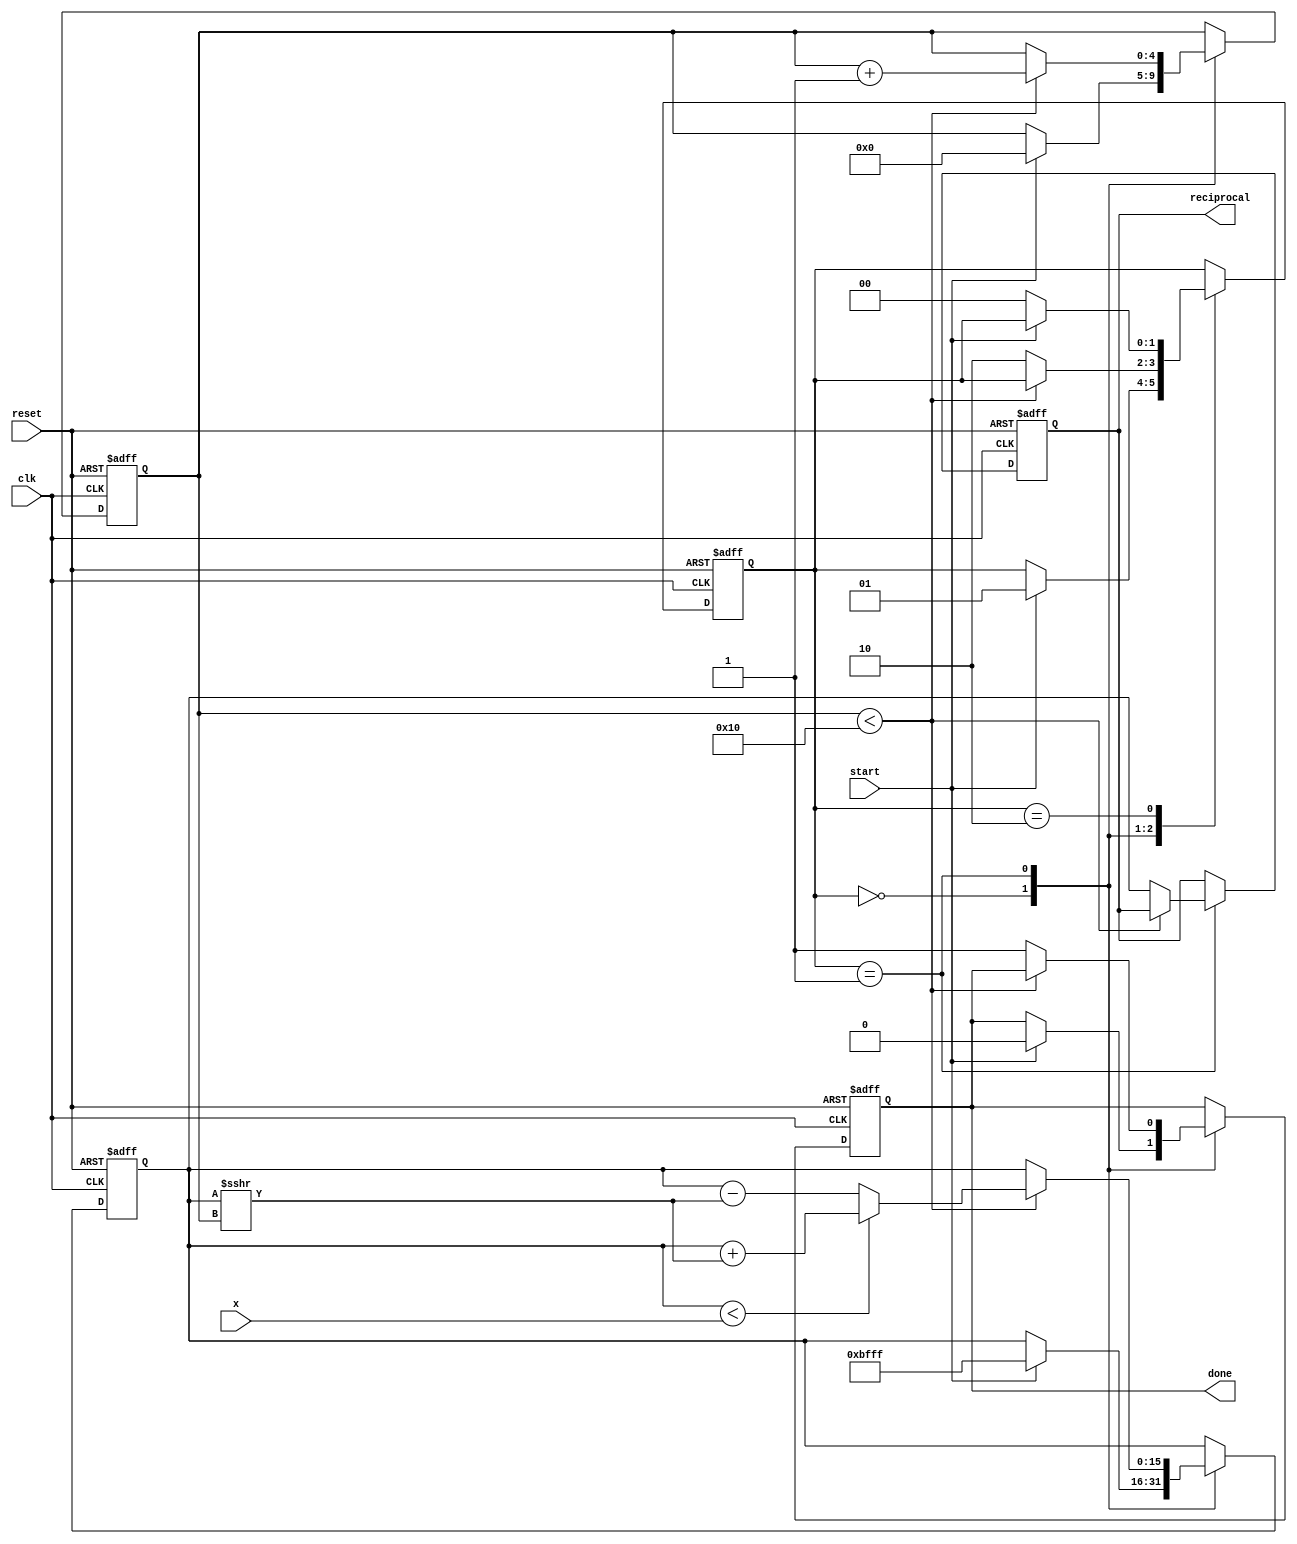
module cordic_reciprocal (
    input wire [15:0] x,       // Input value (fixed-point representation)
    input wire clk,            // Clock signal
    input wire reset,          // Asynchronous reset
    input wire start,          // Start signal
    output reg [15:0] reciprocal, // Computed reciprocal (fixed-point)
    output reg done            // Done signal
);

    // Parameters
    parameter NUM_ITERATIONS = 16; // Number of iterations for CORDIC
    parameter ANGLE_WIDTH = 16;     // Width of angle representation
    parameter FIXED_POINT_WIDTH = 16; // Width of fixed-point representation

    // Internal signals
    reg [FIXED_POINT_WIDTH-1:0] z; // Current approximation of reciprocal
    reg [ANGLE_WIDTH-1:0] angle;    // Angle for CORDIC rotation
    reg [4:0] iteration;             // Iteration counter
    reg [1:0] state;                 // State machine for control
    reg [FIXED_POINT_WIDTH-1:0] K;   // Scaling factor

    // CORDIC rotation angles (in fixed-point format)
    reg [ANGLE_WIDTH-1:0] atan_table [0:NUM_ITERATIONS-1];

    // Initialize the arctangent lookup table
    initial begin
        atan_table[0] = 16'h26DD; // atan(2^-0) in fixed-point
        atan_table[1] = 16'h1D9A; // atan(2^-1)
        atan_table[2] = 16'h13B2; // atan(2^-2)
        atan_table[3] = 16'h0A3D; // atan(2^-3)
        atan_table[4] = 16'h0519; // atan(2^-4)
        atan_table[5] = 16'h028B; // atan(2^-5)
        atan_table[6] = 16'h0143; // atan(2^-6)
        atan_table[7] = 16'h00A3; // atan(2^-7)
        atan_table[8] = 16'h0051; // atan(2^-8)
        atan_table[9] = 16'h0028; // atan(2^-9)
        atan_table[10] = 16'h0014; // atan(2^-10)
        atan_table[11] = 16'h000A; // atan(2^-11)
        atan_table[12] = 16'h0005; // atan(2^-12)
        atan_table[13] = 16'h0002; // atan(2^-13)
        atan_table[14] = 16'h0001; // atan(2^-14)
        atan_table[15] = 16'h0000; // atan(2^-15)
    end

    // State machine
    localparam IDLE = 2'b00;
    localparam COMPUTE = 2'b01;
    localparam DONE = 2'b10;

    // Scaling factor for CORDIC
    initial begin
        K = 16'hBFFF; // Approximation of 1/sqrt(2)
    end

    // Sequential logic
    always @(posedge clk or posedge reset) begin
        if (reset) begin
            state <= IDLE;
            iteration <= 0;
            done <= 0;
            reciprocal <= 0;
            z <= 0;
            angle <= 0;
        end else begin
            case (state)
                IDLE: begin
                    if (start) begin
                        // Initialize for computation
                        z <= K; // Initial approximation
                        angle <= 0; // Initial angle
                        iteration <= 0; // Reset iteration count
                        done <= 0;
                        state <= COMPUTE;
                    end
                end

                COMPUTE: begin
                    if (iteration < NUM_ITERATIONS) begin
                        // CORDIC rotation
                        if (z < x) begin
                            z <= z + (z >>> iteration);
                            angle <= angle + atan_table[iteration];
                        end else begin
                            z <= z - (z >>> iteration);
                            angle <= angle - atan_table[iteration];
                        end
                        iteration <= iteration + 1;
                    end else begin
                        // Finished computations
                        reciprocal <= z; // Store the final result
                        done <= 1; // Signal that computation is done
                        state <= DONE;
                    end
                end

                DONE: begin
                    if (!start) begin
                        state <= IDLE; // Reset state on new start signal
                    end
                end
            endcase
        end
    end

endmodule